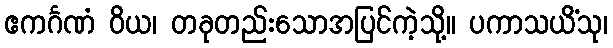
ဧကင်္ဂဏံ ဝိယ၊ တခုတည်းသောအပြင်ကဲ့သို့။ ပကာသယိံသု၊